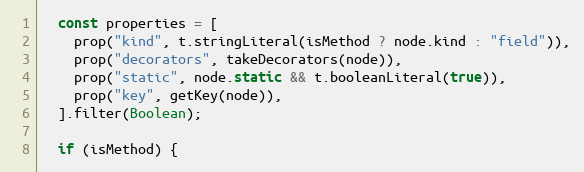
Language: JavaScript
  const properties = [
    prop("kind", t.stringLiteral(isMethod ? node.kind : "field")),
    prop("decorators", takeDecorators(node)),
    prop("static", node.static && t.booleanLiteral(true)),
    prop("key", getKey(node)),
  ].filter(Boolean);

  if (isMethod) {